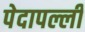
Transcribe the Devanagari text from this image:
पेदापल्ली